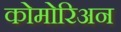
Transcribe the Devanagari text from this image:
कोमोरिअन